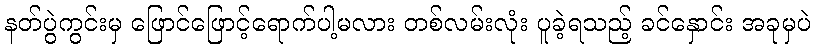
နတ်ပွဲကွင်းမှ ဖြောင်ဖြောင့်ရောက်ပါ့မလား တစ်လမ်းလုံး ပူခဲ့ရသည့် ခင်နှောင်း အခုမှပဲ